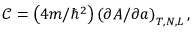
\mathcal { C } = \left( 4 m / \hbar ^ { 2 } \right) \left( \partial A / \partial a \right) _ { T , N , L } ,